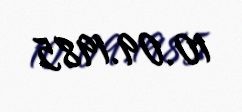
10.09.1985